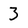
Character: 3